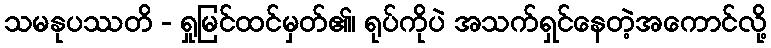
သမနုပဿတိ - ရှုမြင်ထင်မှတ်၏၊ ရုပ်ကိုပဲ အသက်ရှင်နေတဲ့အကောင်လို့